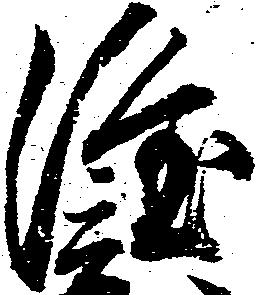
隆